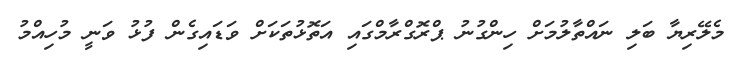
މެލޭރިޔާ ބަލި ނައްތާލުމަށް ހިންގުނު ޕްރޮގްރާމްގައި އަތޮޅުތަކަށް ވަޑައިގެން ފުޅު ވަނީ މުހިއްމު